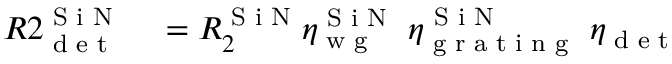
\begin{array} { r l } { R 2 _ { \textrm { d e t } } ^ { \textrm { S i N } } } & { { } = R _ { 2 } ^ { \textrm { S i N } } \eta _ { \textrm { w g } } ^ { \textrm { S i N } } \ \eta _ { \textrm { g r a t i n g } } ^ { \textrm { S i N } } \ \eta _ { \textrm { d e t } } } \end{array}